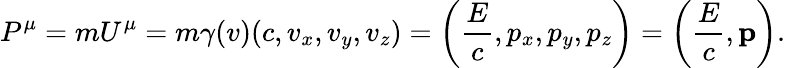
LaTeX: P^{\mu}=mU^{\mu}=m\gamma(v)(c,v_{x},v_{y},v_{z})=\left({\frac{E}{c}},p_{x},p_{y},p_{z}\right)=\left({\frac{E}{c}},\mathbf{p}\right).